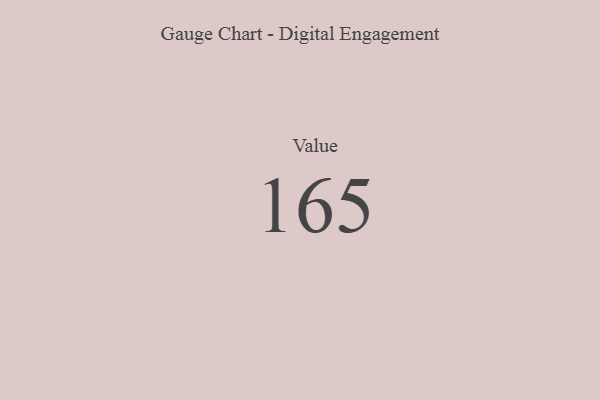
{"axis": {"x": "Metric", "y": "Value"}, "legend": [""], "data": [{"x": "Value", "y": 165, "type": ""}]}